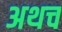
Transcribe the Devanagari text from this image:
अथच